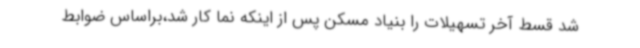
شد قسط آخر تسهیلات را بنیاد مسکن پس از اینکه نما کار شد،براساس ضوابط